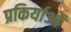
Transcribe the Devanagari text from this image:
प्रकिर्याओं